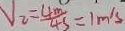
V _ { 2 } = \frac { 4 m } { 4 s } = 1 m / s